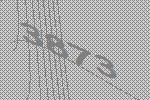
3873